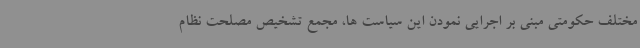
مختلف حکومتی مبنی بر اجرایی نمودن این سیاست ها، مجمع تشخیص مصلحت نظام